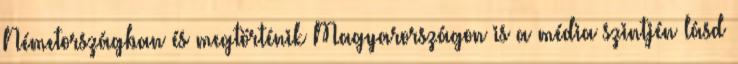
Németországban és megtörténik Magyarországon is a média szintjén lásd